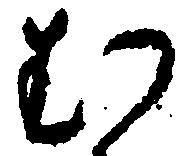
む